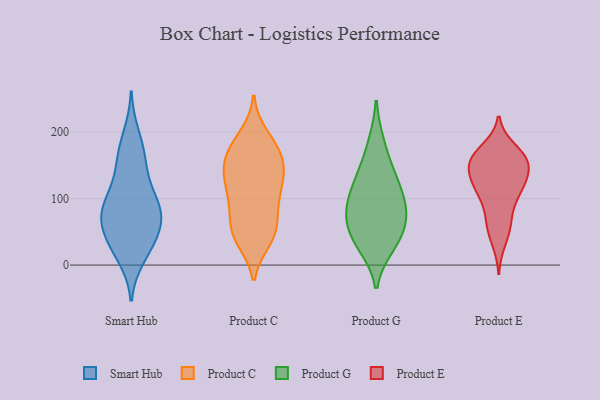
{"axis": {"x": "LTV (USD)", "y": "Value"}, "legend": ["Product C", "Product E", "Product G", "Smart Hub"], "data": [{"x": "", "y": 17, "type": "Smart Hub"}, {"x": "", "y": 81, "type": "Smart Hub"}, {"x": "", "y": 80, "type": "Smart Hub"}, {"x": "", "y": 172, "type": "Smart Hub"}, {"x": "", "y": 59, "type": "Smart Hub"}, {"x": "", "y": 145, "type": "Smart Hub"}, {"x": "", "y": 50, "type": "Smart Hub"}, {"x": "", "y": 100, "type": "Smart Hub"}, {"x": "", "y": 92, "type": "Smart Hub"}, {"x": "", "y": 76, "type": "Smart Hub"}, {"x": "", "y": 96, "type": "Smart Hub"}, {"x": "", "y": 197, "type": "Smart Hub"}, {"x": "", "y": 36, "type": "Smart Hub"}, {"x": "", "y": 165, "type": "Smart Hub"}, {"x": "", "y": 130, "type": "Smart Hub"}, {"x": "", "y": 64, "type": "Smart Hub"}, {"x": "", "y": 36, "type": "Smart Hub"}, {"x": "", "y": 11, "type": "Smart Hub"}, {"x": "", "y": 101, "type": "Product C"}, {"x": "", "y": 38, "type": "Product C"}, {"x": "", "y": 131, "type": "Product C"}, {"x": "", "y": 147, "type": "Product C"}, {"x": "", "y": 52, "type": "Product C"}, {"x": "", "y": 41, "type": "Product C"}, {"x": "", "y": 47, "type": "Product C"}, {"x": "", "y": 104, "type": "Product C"}, {"x": "", "y": 134, "type": "Product C"}, {"x": "", "y": 139, "type": "Product C"}, {"x": "", "y": 162, "type": "Product C"}, {"x": "", "y": 114, "type": "Product C"}, {"x": "", "y": 85, "type": "Product C"}, {"x": "", "y": 50, "type": "Product C"}, {"x": "", "y": 173, "type": "Product C"}, {"x": "", "y": 179, "type": "Product C"}, {"x": "", "y": 78, "type": "Product C"}, {"x": "", "y": 150, "type": "Product C"}, {"x": "", "y": 195, "type": "Product C"}, {"x": "", "y": 180, "type": "Product C"}, {"x": "", "y": 184, "type": "Product G"}, {"x": "", "y": 67, "type": "Product G"}, {"x": "", "y": 143, "type": "Product G"}, {"x": "", "y": 85, "type": "Product G"}, {"x": "", "y": 46, "type": "Product G"}, {"x": "", "y": 34, "type": "Product G"}, {"x": "", "y": 77, "type": "Product G"}, {"x": "", "y": 90, "type": "Product G"}, {"x": "", "y": 29, "type": "Product G"}, {"x": "", "y": 115, "type": "Product G"}, {"x": "", "y": 127, "type": "Product G"}, {"x": "", "y": 97, "type": "Product E"}, {"x": "", "y": 116, "type": "Product E"}, {"x": "", "y": 154, "type": "Product E"}, {"x": "", "y": 168, "type": "Product E"}, {"x": "", "y": 157, "type": "Product E"}, {"x": "", "y": 114, "type": "Product E"}, {"x": "", "y": 124, "type": "Product E"}, {"x": "", "y": 66, "type": "Product E"}, {"x": "", "y": 167, "type": "Product E"}, {"x": "", "y": 152, "type": "Product E"}, {"x": "", "y": 112, "type": "Product E"}, {"x": "", "y": 54, "type": "Product E"}, {"x": "", "y": 68, "type": "Product E"}, {"x": "", "y": 35, "type": "Product E"}, {"x": "", "y": 122, "type": "Product E"}, {"x": "", "y": 147, "type": "Product E"}, {"x": "", "y": 175, "type": "Product E"}, {"x": "", "y": 157, "type": "Product E"}, {"x": "", "y": 143, "type": "Product E"}]}